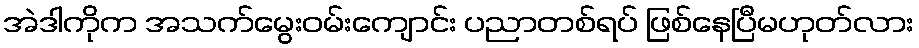
အဲဒါကိုက အသက်မွေးဝမ်းကျောင်း ပညာတစ်ရပ် ဖြစ်နေပြီမဟုတ်လား